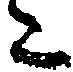
た